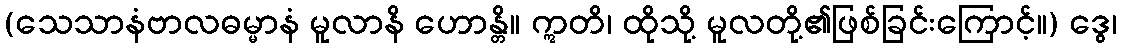
(သေသာနံဗာလဓမ္မာနံ မူလာနိ ဟောန္တိ။ ဣတိ၊ ထိုသို့ မူလတို့၏ဖြစ်ခြင်းကြောင့်။) ဒွေ၊